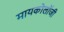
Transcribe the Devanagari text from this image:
मायकोलॉजी